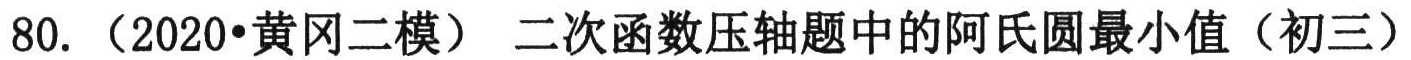
80.（2020•黄冈二模）二次函数压轴题中的阿氏圆最小值（初三）